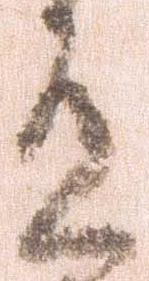
有